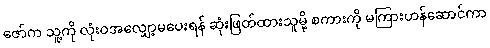
ဇော်က သူ့ကို လုံးဝအလျှော့မပေးရန် ဆုံးဖြတ်ထားသူမို့ စကားကို မကြားဟန်ဆောင်ကာ